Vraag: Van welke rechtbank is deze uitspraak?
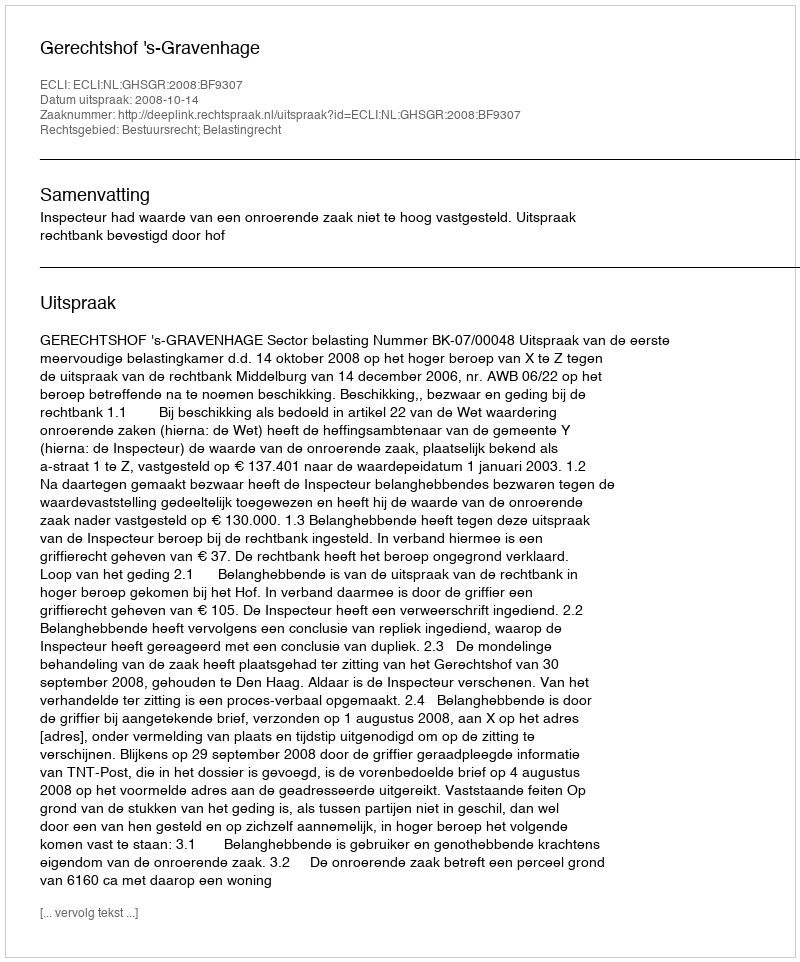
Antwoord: Gerechtshof 's-Gravenhage